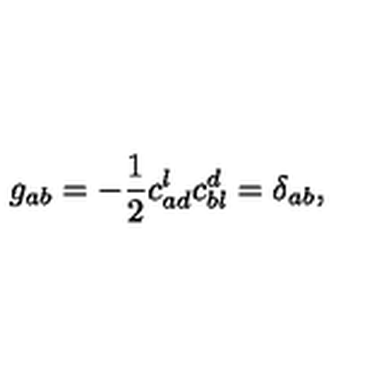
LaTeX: g _ { a b } = - \frac { 1 } { 2 } c _ { a d } ^ { l } c _ { b l } ^ { d } = \delta _ { a b } ,